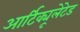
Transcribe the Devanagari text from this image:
आर्टिक्यूलेटेड